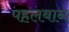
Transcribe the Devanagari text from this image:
पहलबान